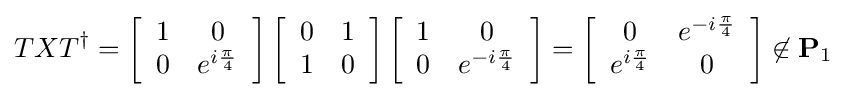
TX{T^{\dagger }}=\left[{\begin{array}{*{20}{c}}1&0\\0&{e^{i{\frac {\pi }{4}}}}\end{array}}\right]\left[{\begin{array}{*{20}{c}}0&1\\1&0\end{array}}\right]\left[{\begin{array}{*{20}{c}}1&0\\0&{e^{-i{\frac {\pi }{4}}}}\end{array}}\right]=\left[{\begin{array}{*{20}{c}}0&{e^{-i{\frac {\pi }{4}}}}\\{e^{i{\frac {\pi }{4}}}}&0\end{array}}\right]\not \in {{\mathbf {P} }_{1}}